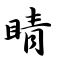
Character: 睛